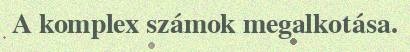
A komplex számok megalkotása.